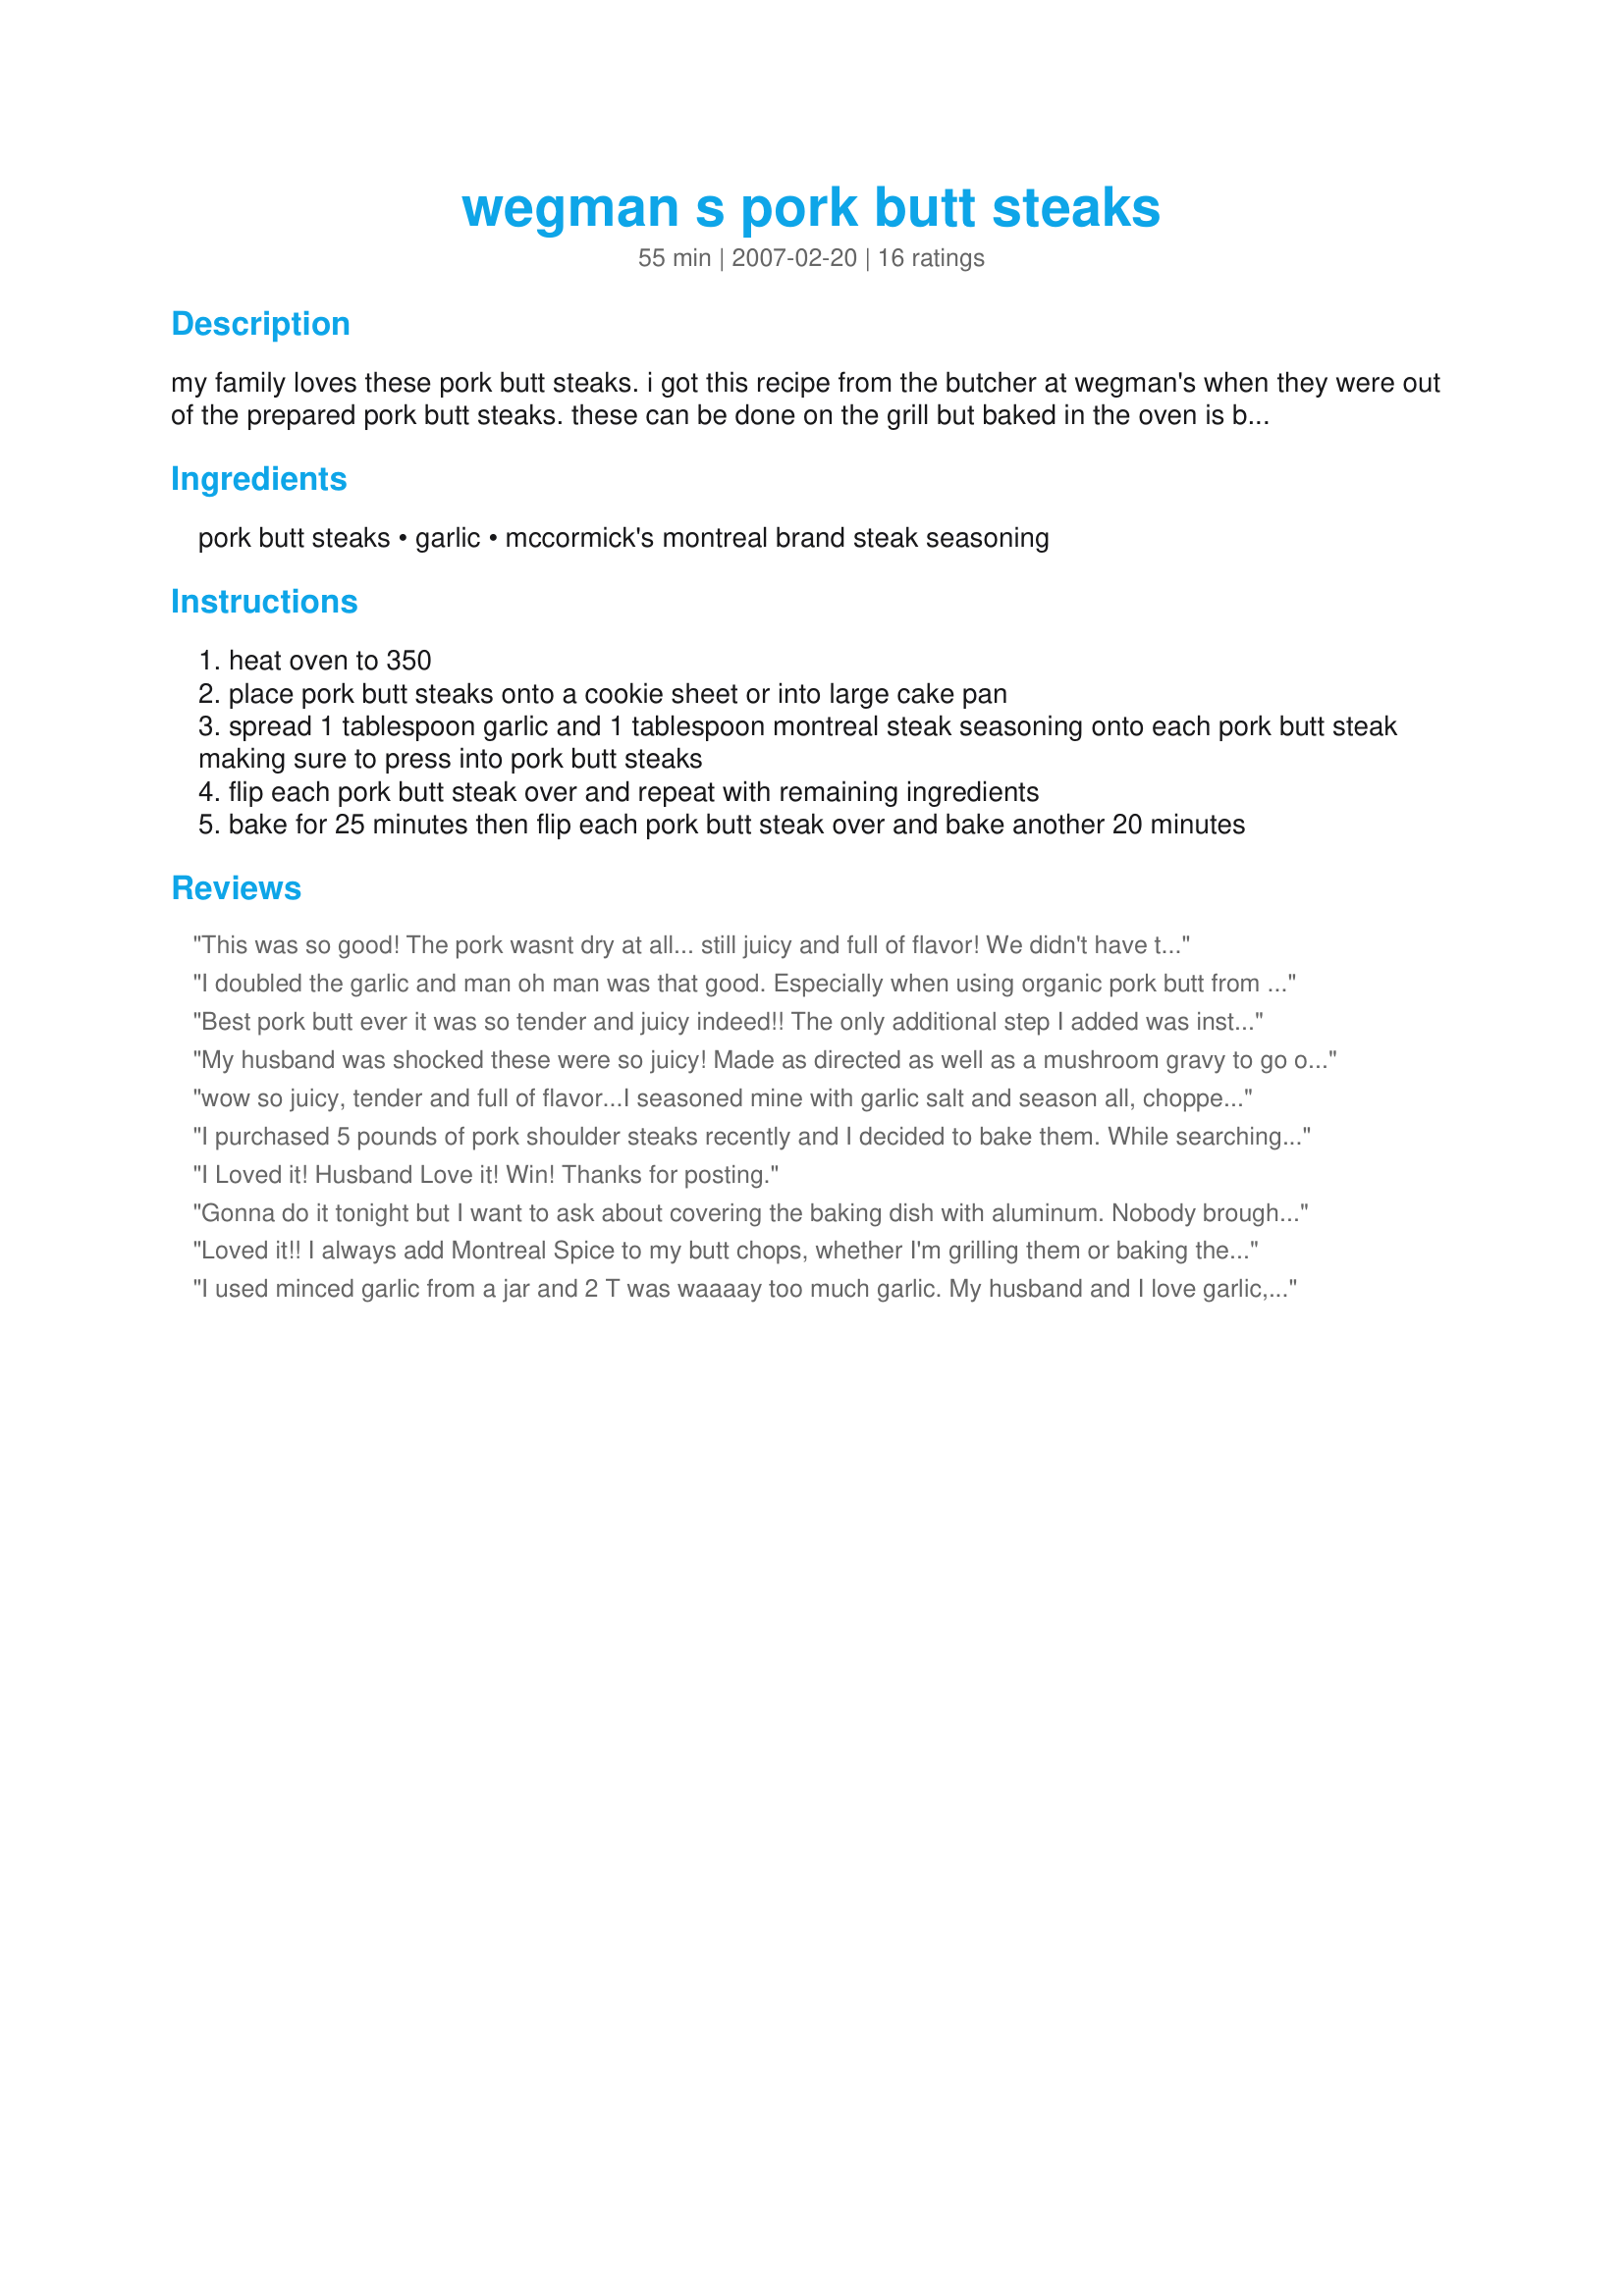
wegman s pork butt steaks
Preparation time: 55 minutes

my family loves these pork butt steaks. i got this recipe from the butcher at wegman's when they were out of the prepared pork butt steaks. these can be done on the grill but baked in the oven is best.

Ingredients:
pork butt steaks, garlic, mccormick's montreal brand steak seasoning

Steps:
heat oven to 350
place pork butt steaks onto a cookie sheet or into large cake pan
spread 1 tablespoon garlic and 1 tablespoon montreal steak seasoning onto each pork butt steak making sure to press into pork butt steaks
flip each pork butt steak over and repeat with remaining ingredients
bake for 25 minutes then flip each pork butt steak over and bake another 20 minutes

Reviews:
This was so good! The pork wasnt dry at all... still juicy and full of flavor! We didn't have that steak seasoning so we used just a hamburger seasoning we had in our pantry. Baked it for the exact time as directed... They came out perfect! Thanks!
I doubled the garlic and man oh man was that good. Especially when using organic pork butt from a local farmer. Yummm! Paired it with some candied organic carrots and a glass of white blend.
Best pork butt ever it was so tender and juicy indeed!! The only additional step I added was instead of baking for 20 mins at 350 after flipping I baked for 10 min at 350 and then switched the meat to the top rack on broil for 10 to achieve a crispness on the outside. My husband commented this was the BEST steak I ever made can't wait to use this recipe again!!
My husband was shocked these were so juicy! Made as directed as well as a mushroom gravy to go on top. I have a good amount of leftovers so I am turning that into individual pot pies for dinner tonight-can't wait!
Very easy to make, very moist-full of flavor. I will make this again.
(and again)
Thanks for Posting!
Di ;-)
wow so juicy, tender and full of flavor...I seasoned mine with garlic salt and season all, chopped fresh garlic, sliced fresh jalapenos & tomatoes put them on steaks , then baked them as stated....will definitely make again!
I purchased 5 pounds of pork shoulder steaks recently and I decided to bake them. While searching for a recipe I came across this one. I chose it because I had everything the recipe called for and I liked it because it was quick and simple to prepare. Let me tell you, &quot;IT WAS SO GOOD!!!&quot; I am making it again tonight for my son and I. I used two heads of garlic for both sides of three steaks and seasoned it with the Montreal Steak Seasoning as the recipe says. I served it along with baked sweet potato fries and tonight it will be with just baked sweet potatoes. I will never (if I can), fry pork chops or pork steaks again! The &quot;less prep&quot; the better I like it and &quot;STILL&quot; get a delicious and healthy meal .......I'm just saying.
I Loved it! Husband Love it! Win! Thanks for posting.
Gonna do it tonight but I want to ask about covering the baking dish with aluminum. Nobody brought that up. I need my meat moist &amp; gum apart soft. And at times I have to put into the Nutri Bullet. So what you think about covering it with aluminum except for last 3 to 5 minutes. Or could that make it tougher. I also could hit it a little with a meat tenderizer utensil.....
Loved it!! I always add Montreal Spice to my butt chops, whether I'm grilling them or baking them in the oven. I hadn't thought of the minced garlic, but it was very tasty. Some might think it is too much, but it isn't at all overpowering. I baked mine in the toaster oven for approx. 20 minutes. I've never heard this cut called 'steaks' before, but maybe mine are a thinner slice. In any case, there are juicy, tender and very delicious. I served it with "Green Beans from a Can That Don't Taste Like It!" #162873
I used minced garlic from a jar and 2 T was waaaay too much garlic. My husband and I love garlic, but this was too much for us. Next time I will use half the amount or use fresh. Other than that it was fantastic. I let the meat sit for ten minutes after cooking to let the juices settle. The pork was juicy and flavorful. I will definitely make it again.
This was a great and easy weekday dinner. We had it with cheesy rice and broccoli. The flavor and tenderness were wonderful. Thank you.
I made this and we all loved it! The only adjustment I made was instead was after flipping it over, I only baked it for 15 minutes. It was tender and moist!
Enjoyed this very much and the cook was perfect. I did use the chicken version of Montreal Steak Spice.
The directions were a little confusing for using the seasonings--if you've used both tablespoons of garlic and Montreal on the first side of two steaks, then how can there be any other seasonings left for the back side? The spices were good but too much--I would decrease the seasonings to half as much or less next time. Thanks for the idea of using beef seasoning for pork.
Wonderful!!!!! Was out of Montreal Seasoning but substituted Ted's Montana Grill Seasoning Mix. We never let Ted's seasoning get low. Make your own as it is very hard to find in stores.
These were excellent! So moist and juicy! I had an onion so I sliced it thinly & partially caramelized it as well as mushrooms that I sliced & sauteed, seasoned the steaks as posted, placed onions & mushrooms on top & roasted as directed. When I flipped them halfway I made certain that the onions & mushrooms were flipped also. When I dished it I put the onions and mushrooms on top again. I poured the pan juices over them. We will be making these often!
